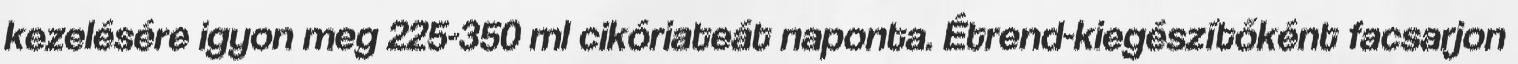
kezelésére igyon meg 225-350 ml cikóriateát naponta. Étrend-kiegészítőként facsarjon